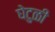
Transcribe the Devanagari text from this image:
घेटुळी